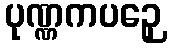
ပုဏ္ဏကပဉှေ